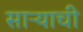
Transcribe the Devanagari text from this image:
साऱ्याची